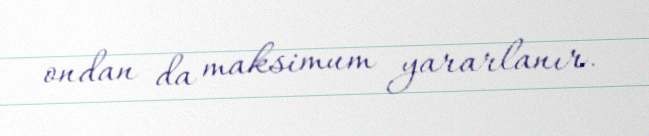
ondan da maksimum yararlanır.